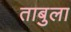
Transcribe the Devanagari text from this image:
ताबुला